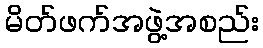
မိတ်ဖက်အဖွဲ့အစည်း